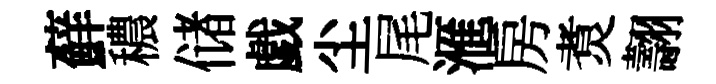
蘚穠储戯尘尾滙房煑翿